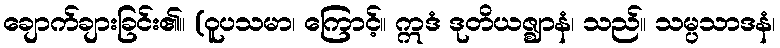
ချောက်ချားခြင်း၏။ (ဝူပသမာ၊ ကြောင့်။ ဣဒံ ဒုတိယဇ္ဈာနံ၊ သည်။ သမ္ပသာဒနံ၊